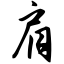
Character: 肩